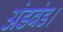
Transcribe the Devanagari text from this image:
अंडबंड।